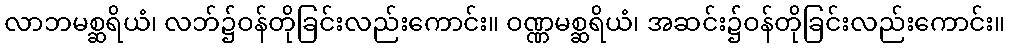
လာဘမစ္ဆရိယံ၊ လဘ်၌ဝန်တိုခြင်းလည်းကောင်း။ ဝဏ္ဏမစ္ဆရိယံ၊ အဆင်း၌ဝန်တိုခြင်းလည်းကောင်း။